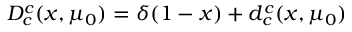
D _ { c } ^ { c } ( x , \mu _ { 0 } ) = \delta ( 1 - x ) + d _ { c } ^ { c } ( x , \mu _ { 0 } )